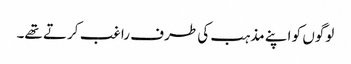
لوگوں کو اپنے مذہب کی طرف راغب کرتے تھے۔